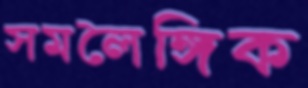
সমলৈঙ্গিক